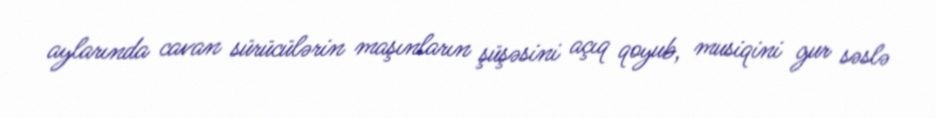
aylarında cavan sürücülərin maşınların şüşəsini açıq qoyub, musiqini gur səslə